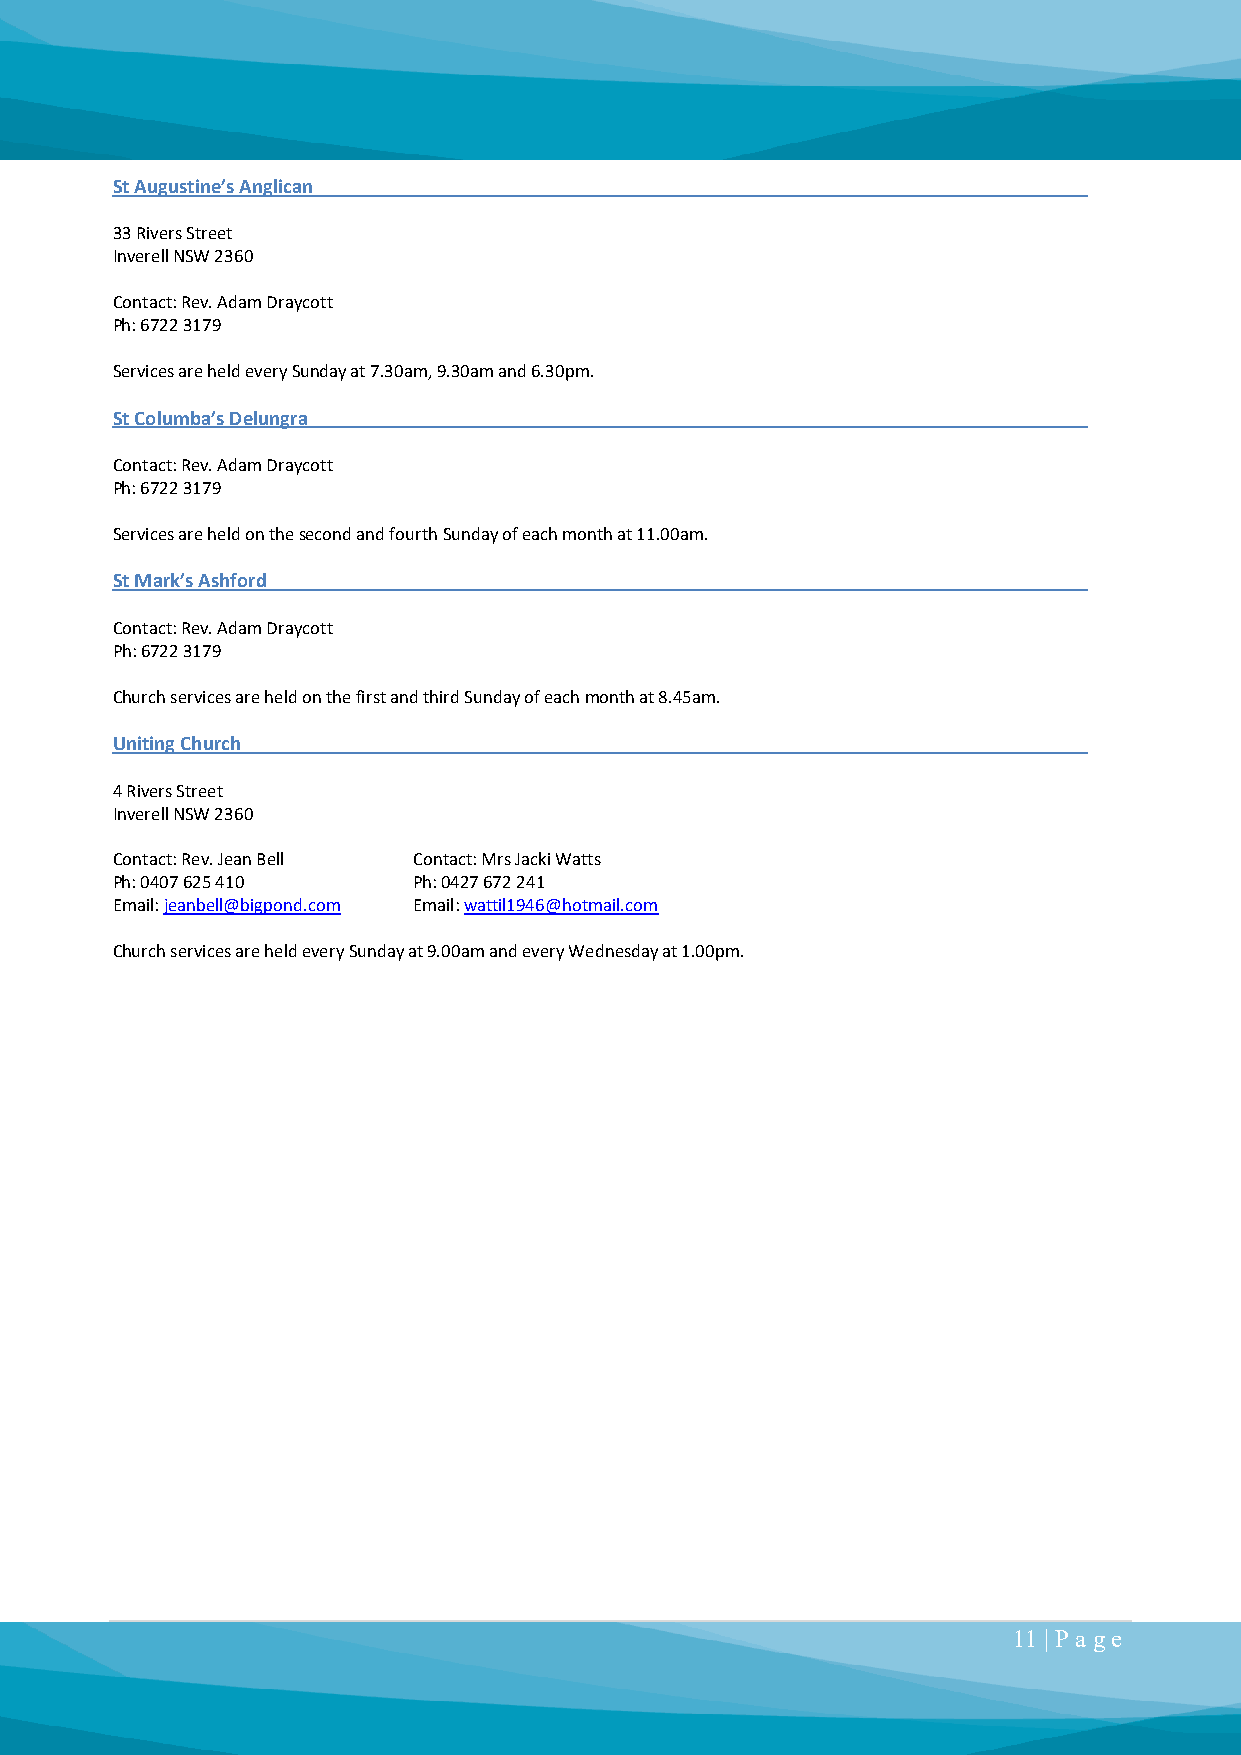
St Augustine’s Anglican
 33 Rivers Street
 Inverell NSW 2360
 Contact: Rev. Adam Draycott
 Ph: 6722 3179
 Services are held every Sunday at 7.30am, 9.30am and 6.30pm.
 St Columba’s Delungra
 Contact: Rev. Adam Draycott
 Ph: 6722 3179
 Services are held on the second and fourth Sunday of each month at 11.00am.
 St Mark’s Ashford
 Contact: Rev. Adam Draycott
 Ph: 6722 3179
 Church services are held on the first and third Sunday of each month at 8.45am.
 Uniting Church
 4 Rivers Street
 Inverell NSW 2360
 Contact: Rev. Jean Bell Contact: Mrs Jacki Watts
 Ph: 0407 625 410    Ph: 0427 672 241
 Email: jeanbell@bigpond.com Email: wattil1946@hotmail.com
 Church services are held every Sunday at 9.00am and every Wednesday at 1.00pm.
 11 | P a ge